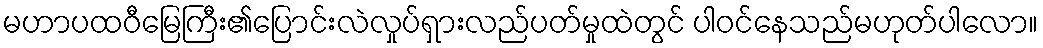
မဟာပထဝီမြေကြီး၏ပြောင်းလဲလှုပ်ရှားလည်ပတ်မှုထဲတွင် ပါဝင်နေသည်မဟုတ်ပါလော။